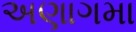
અણાગમા